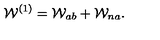
{ \cal W } ^ { ( 1 ) } = { \cal W } _ { a b } + { \cal W } _ { n a } .